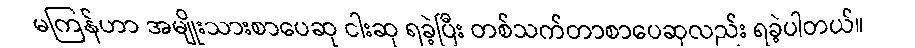
မကြန်ဟာ အမျိုးသားစာပေဆု ငါးဆု ရခဲ့ပြီး တစ်သက်တာစာပေဆုလည်း ရခဲ့ပါတယ်။